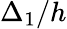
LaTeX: \Delta_{1}/h